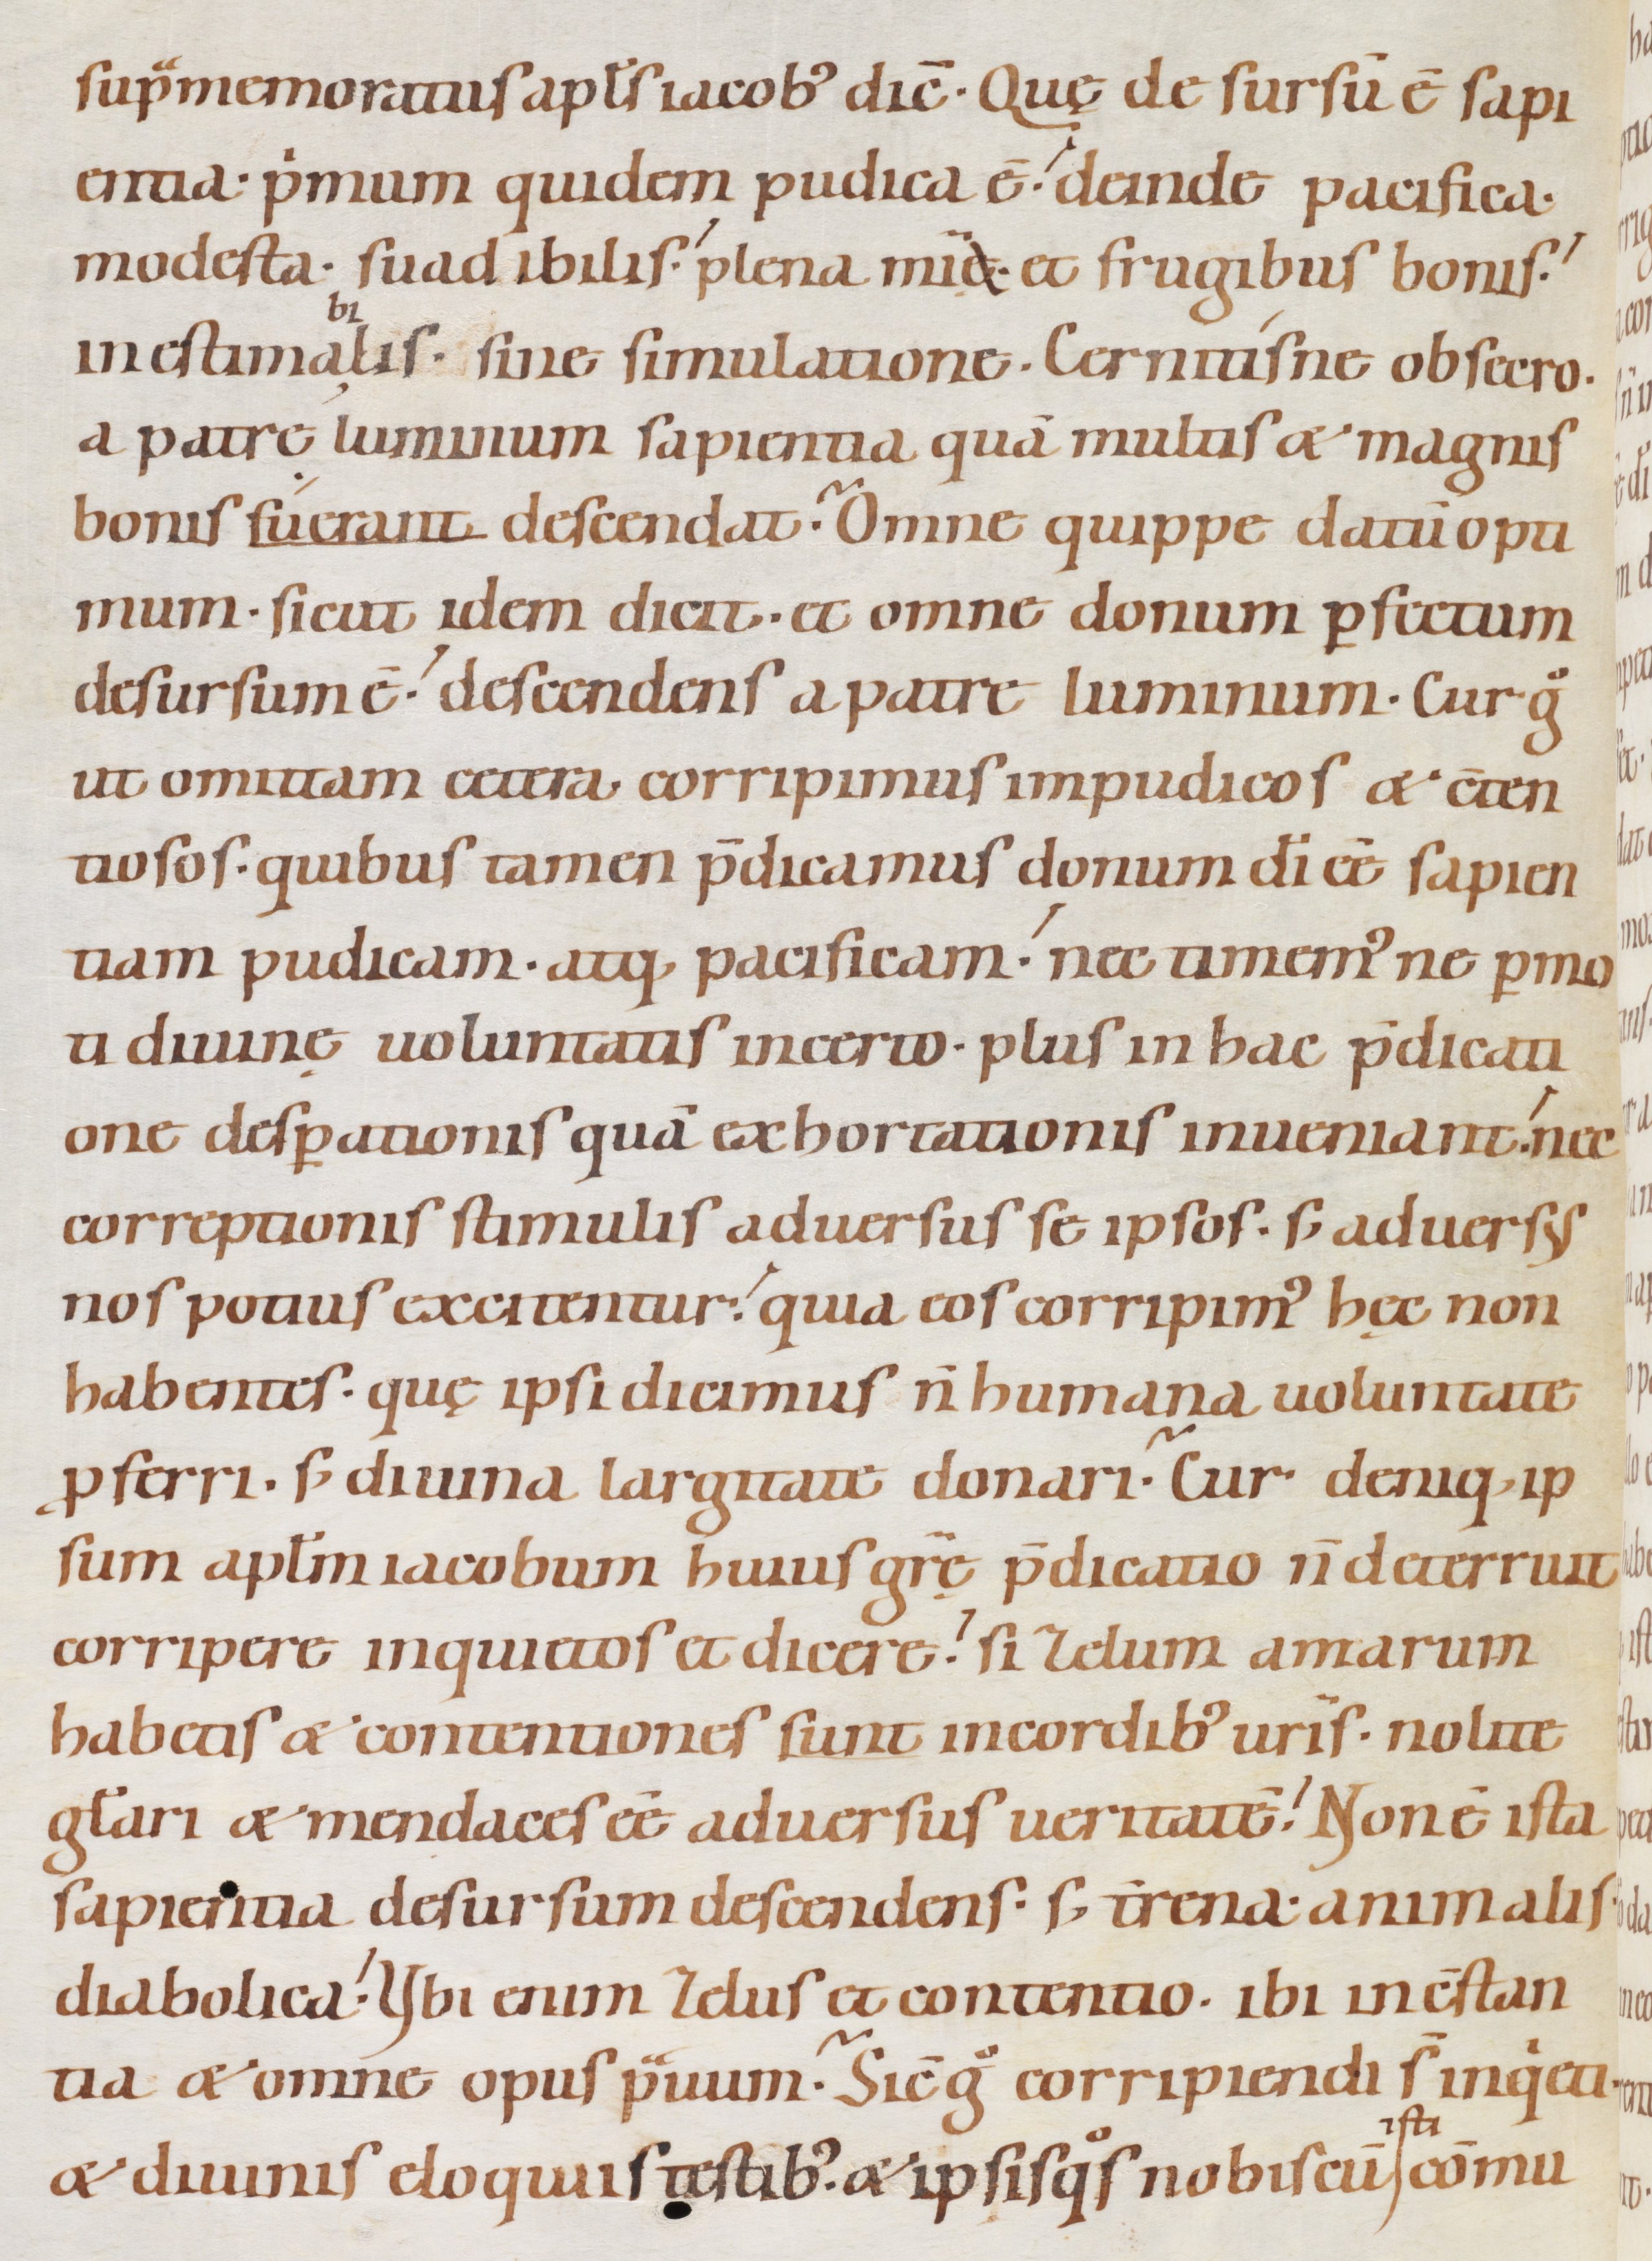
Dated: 1080–1096